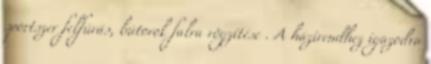
sportszer felfúrás, bútorok falra rögzítése . A házirendhez igazodva